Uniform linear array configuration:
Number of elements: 64
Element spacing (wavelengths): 0.75
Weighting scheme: hamming
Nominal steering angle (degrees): -15
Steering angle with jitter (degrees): -13.608
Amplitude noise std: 0.05
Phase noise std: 0.05

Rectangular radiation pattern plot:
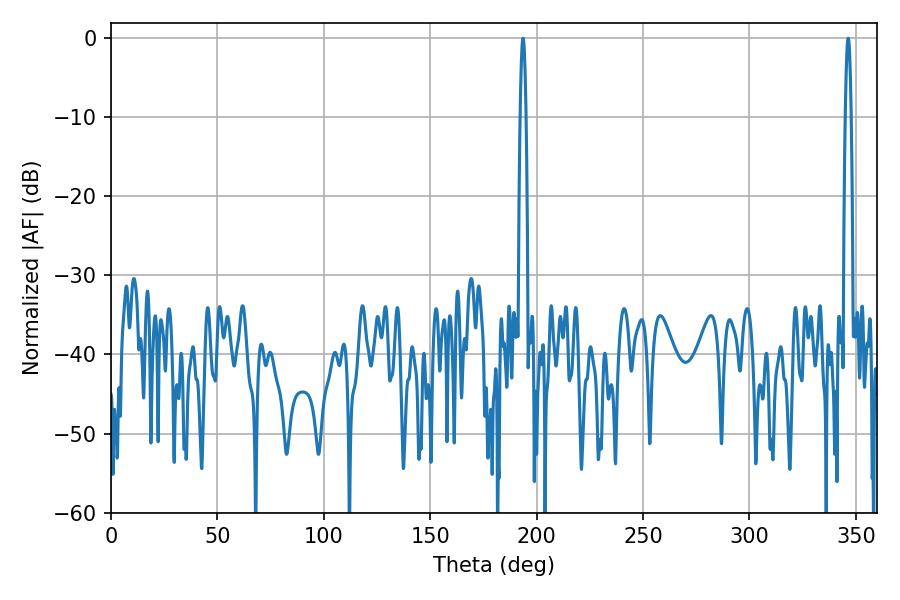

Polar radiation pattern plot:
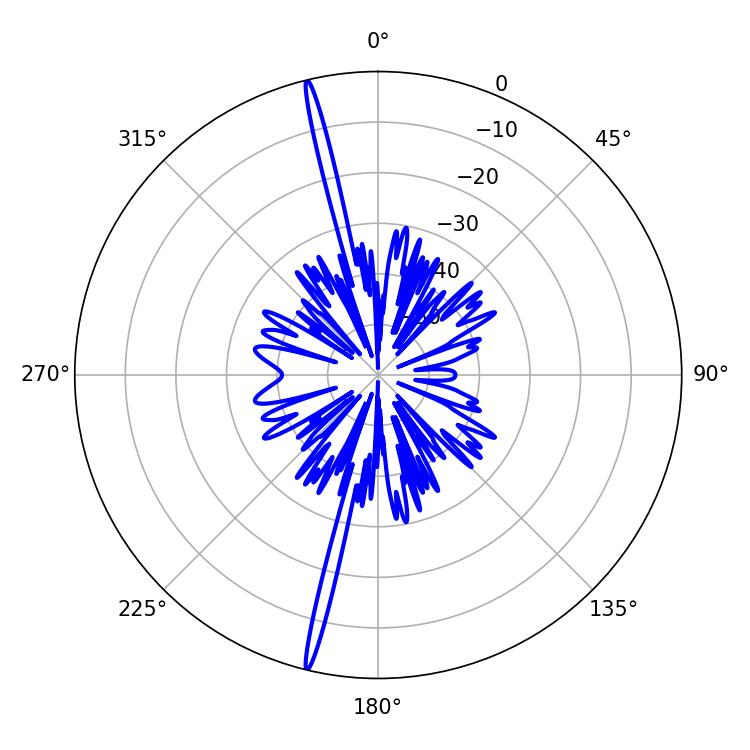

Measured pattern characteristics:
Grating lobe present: TRUE
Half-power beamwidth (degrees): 1.44
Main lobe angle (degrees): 346.32